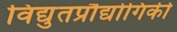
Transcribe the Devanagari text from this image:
विद्युतप्रौद्योगिकी